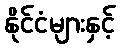
နိုင်ငံများနှင့်